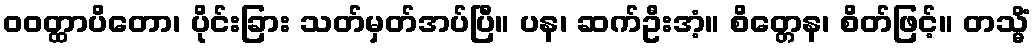
ဝဝတ္ထာပိတော၊ ပိုင်းခြား သတ်မှတ်အပ်ပြီ။ ပန၊ ဆက်ဦးအံ့။ စိတ္တေန၊ စိတ်ဖြင့်။ တသ္မိံ